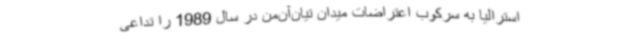
استرالیا به سرکوب اعتراضات میدان تیان‌آن‌من در سال 1989 را تداعی